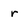
Character: r